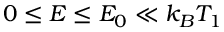
0 \le E \le E _ { 0 } \ll k _ { B } T _ { 1 }